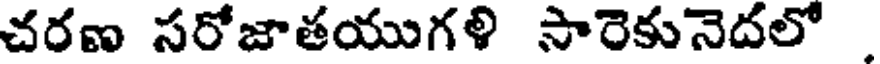
చరణ సరోజాతయుగళి సారెకునెదలో